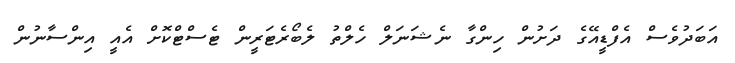
އަބަދުވެސް އެފްޑީއޭގެ ދަށުން ހިންގާ ނެޝަނަލް ހެލްތު ލެބޯރެޓަރީން ޓެސްޓްކޮށް އެއީ އިންސާނުން